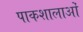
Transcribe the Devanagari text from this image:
पाकशालाओं